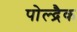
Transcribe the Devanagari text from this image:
पोल्द्रैक